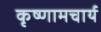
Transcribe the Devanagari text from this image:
कृष्णामचार्य